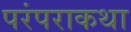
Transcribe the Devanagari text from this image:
परंपराकथा